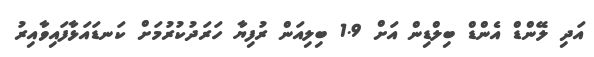
އަދި ލޭންޑް އެންޑް ބިލްޑިން އަށް 1.9 ބިލިއަން ރުފިޔާ ހަރަދުކުރުމަށް ކަނޑައަޅާފައިވާއިރު